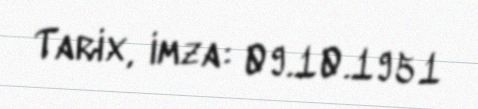
Tarix, imza: 09.10.1951